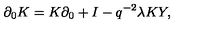
\partial _ { 0 } K = K \partial _ { 0 } + I - q ^ { - 2 } \lambda K Y ,